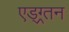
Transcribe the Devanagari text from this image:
एड्ग्र्तन